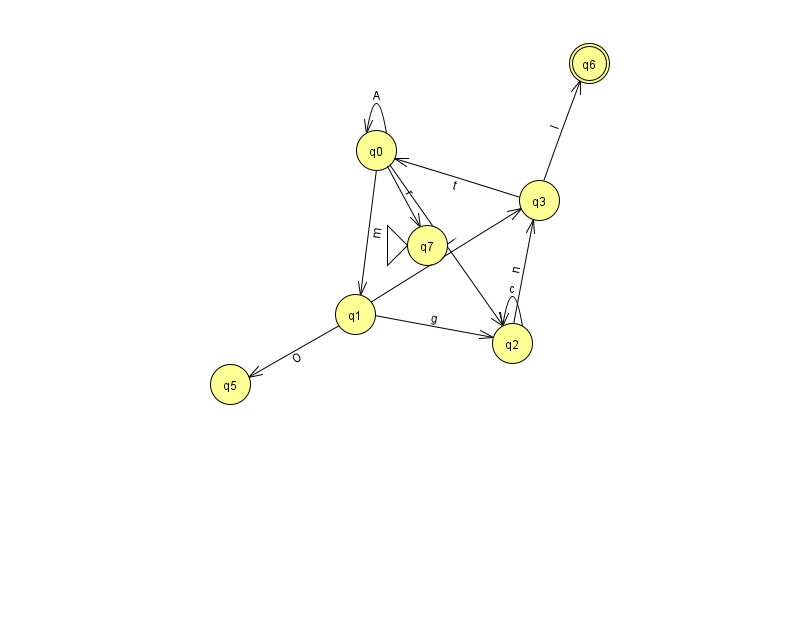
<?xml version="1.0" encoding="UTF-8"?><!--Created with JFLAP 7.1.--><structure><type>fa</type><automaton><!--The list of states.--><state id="0" name="q0"><x>376.0</x><y>137.0</y></state><state id="1" name="q1"><x>355.0</x><y>301.0</y></state><state id="2" name="q2"><x>512.0</x><y>330.0</y></state><state id="3" name="q3"><x>539.0</x><y>187.0</y></state><state id="5" name="q5"><x>230.0</x><y>371.0</y></state><state id="6" name="q6"><x>589.0</x><y>50.0</y><final/></state><state id="7" name="q7"><x>427.0</x><y>232.0</y><initial/></state><!--The list of transitions.--><transition><from>0</from><to>0</to><read>A</read></transition><transition><from>1</from><to>5</to><read>O</read></transition><transition><from>2</from><to>2</to><read>c</read></transition><transition><from>3</from><to>0</to><read>t</read></transition><transition><from>0</from><to>1</to><read>m</read></transition><transition><from>0</from><to>7</to><read>r</read></transition><transition><from>0</from><to>2</to><read>j</read></transition><transition><from>1</from><to>3</to><read>Q</read></transition><transition><from>1</from><to>2</to><read>g</read></transition><transition><from>2</from><to>3</to><read>n</read></transition><transition><from>3</from><to>6</to><read>I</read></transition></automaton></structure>